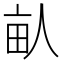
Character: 畒